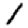
Digit: 1